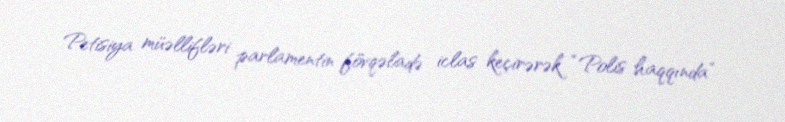
Petisiya müəllifləri parlamentin fövqəladə iclas keçirərək “Polis haqqında”